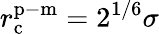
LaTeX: r_{\mathrm{c}}^{\mathrm{p-m}}=2^{1/6}\sigma